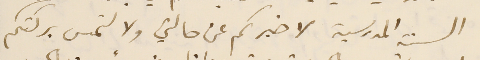
السنة المدرسية لاخبركم عن حالتي ولالتمس بركتكم